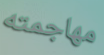
مهاجمته